65_HS1-834228961_62-HQ-83894_Section_8
Agency: FBI
Page 66
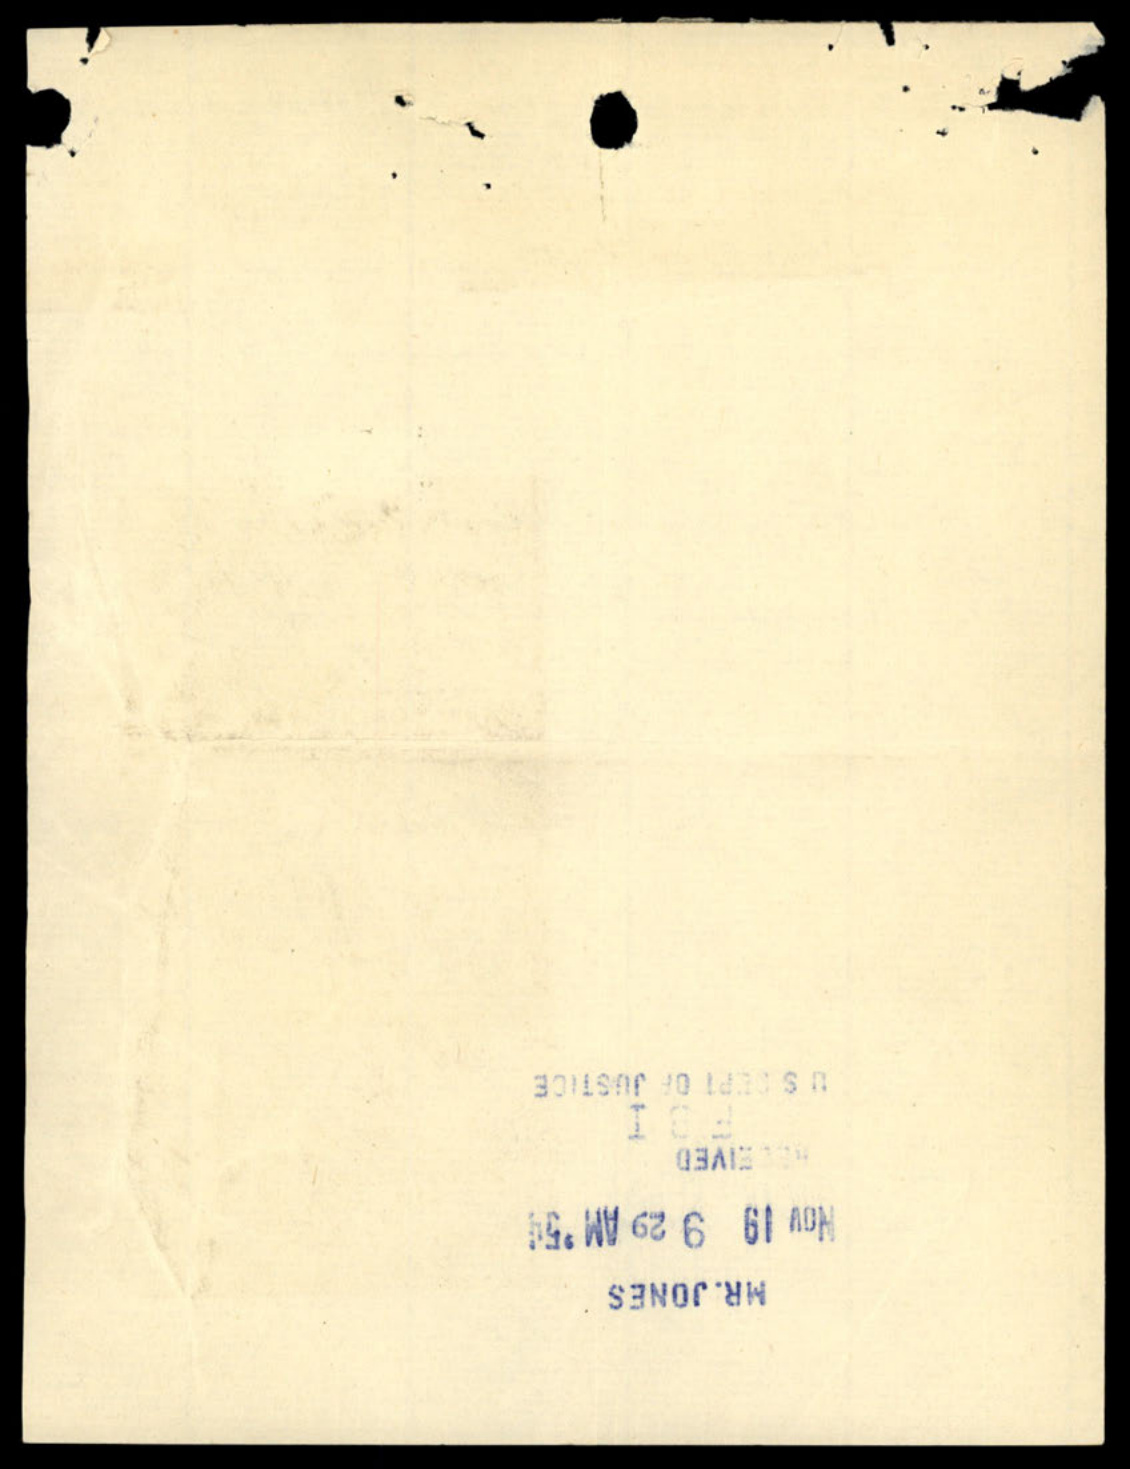